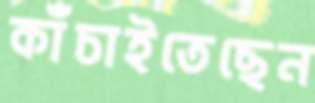
কাঁচাইতেছেন